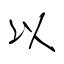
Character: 以